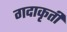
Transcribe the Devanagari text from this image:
गदाकृती